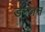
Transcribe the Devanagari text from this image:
डन्जन